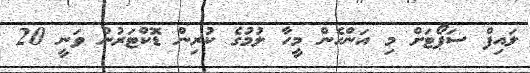
ލައިފް ސަޕޯޓަށް މި އަންހެން މީހާ ލުމުގެ ކުރިން ޑޮކްޓަރުން ވަނީ 20